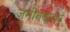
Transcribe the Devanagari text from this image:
ज़मीनदावर